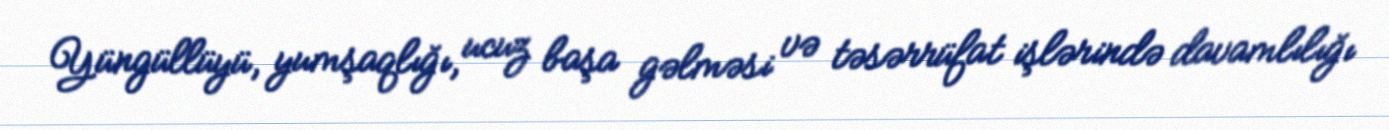
Yüngüllüyü, yumşaqlığı, ucuz başa gəlməsi və təsərrüfat işlərində davamlılığı